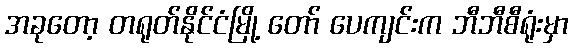
အခုတော့ တရုတ်နိုင်ငံမြို့ တော် ပေကျင်းက ဘီဘီစီရုံးမှာ